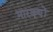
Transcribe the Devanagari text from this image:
मारक्यों